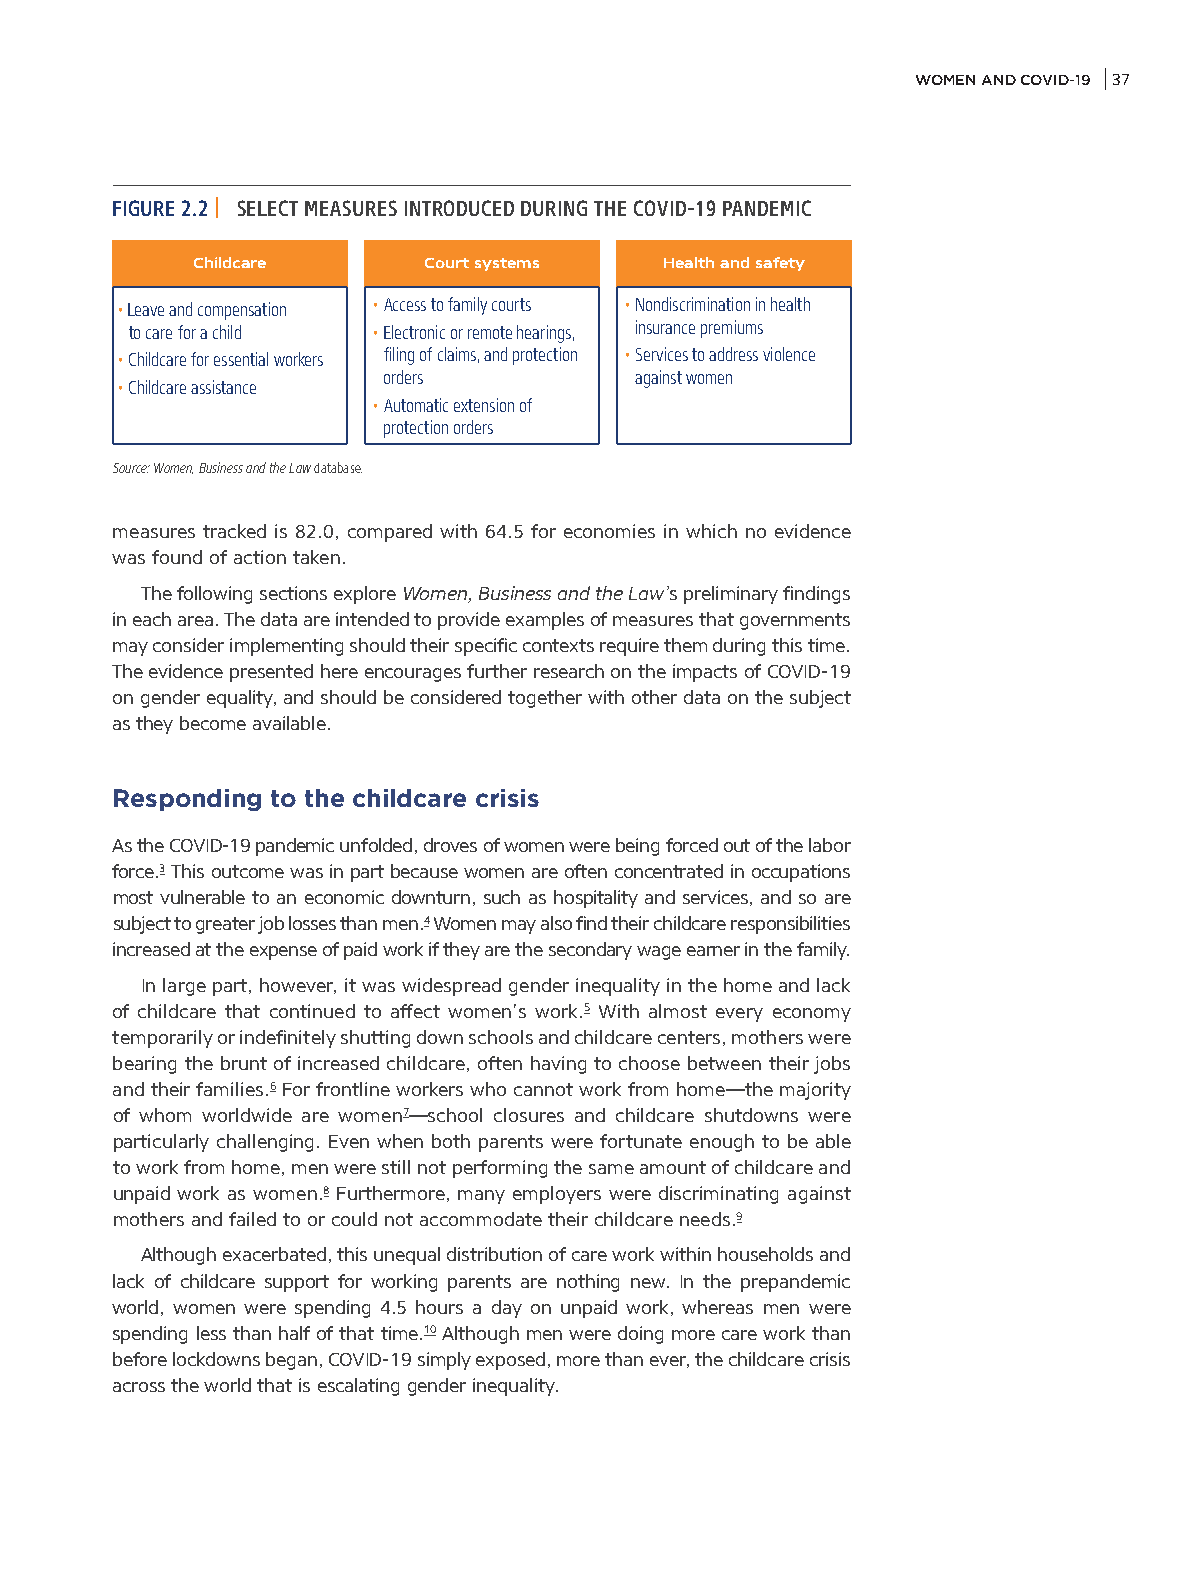
WOMEN AND COVID-19 37
 FIGURE 2.2 | SELECT MEASURES INTRODUCED DURING THE COVID-19 PANDEMIC
 Childcare      Court systems   Health and safety
 • Leave and compensation • Access to family courts • Nondiscrimination in health
 to care for a child • Electronic or remote hearings, insurance premiums
 • Childcare for essential workers filing of claims, and protection • Services to address violence
 orders           against women
 • Childcare assistance
 • Automatic extension of
 protection orders
 Source: Women, Business and the Law database.
 measures tracked is 82.0, compared with 64.5 for economies in which no evidence
 was found of action taken.
 The following sections explore Women, Business and the Law’s preliminary findings
 in each area. The data are intended to provide examples of measures that governments
 may consider implementing should their specific contexts require them during this time.
 The evidence presented here encourages further research on the impacts of COVID-19
 on gender equality, and should be considered together with other data on the subject
 as they become available.
 Responding to the childcare crisis
 As the COVID-19 pandemic unfolded, droves of women were being forced out of the labor
 force.3 This outcome was in part because women are often concentrated in occupations
 most vulnerable to an economic downturn, such as hospitality and services, and so are
 subject to greater job losses than men.4 Women may also find their childcare responsibilities
 increased at the expense of paid work if they are the secondary wage earner in the family.
 In large part, however, it was widespread gender inequality in the home and lack
 of childcare that continued to affect women’s work.5 With almost every economy
 temporarily or indefinitely shutting down schools and childcare centers, mothers were
 bearing the brunt of increased childcare, often having to choose between their jobs
 and their families.6 For frontline workers who cannot work from home—the majority
 of whom worldwide are women7—school closures and childcare shutdowns were
 particularly challenging. Even when both parents were fortunate enough to be able
 to work from home, men were still not performing the same amount of childcare and
 unpaid work as women.8 Furthermore, many employers were discriminating against
 mothers and failed to or could not accommodate their childcare needs.9
 Although exacerbated, this unequal distribution of care work within households and
 lack of childcare support for working parents are nothing new. In the prepandemic
 world, women were spending 4.5 hours a day on unpaid work, whereas men were
 spending less than half of that time.10 Although men were doing more care work than
 before lockdowns began, COVID-19 simply exposed, more than ever, the childcare crisis
 across the world that is escalating gender inequality.